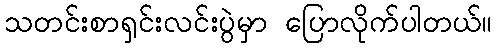
သတင်းစာရှင်းလင်းပွဲမှာ ပြောလိုက်ပါတယ်။